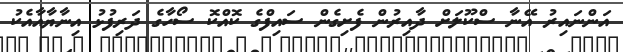
އަންނައިރު އޭނާ ސްކޫލަށް ދާއިރުން ފެށިގެން ސައިފްގެ ކޮއްކޮ ސޯހާގެ ދަރިފުޅު އިނާޔާއާއެކު